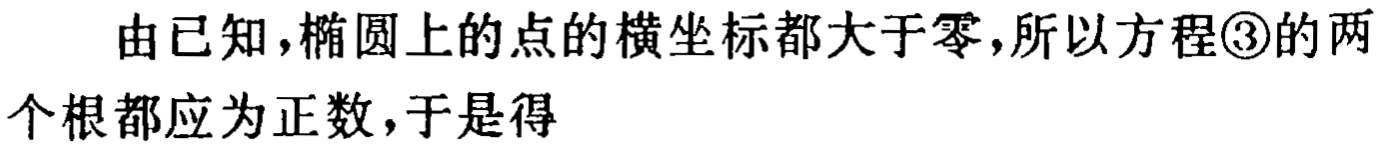
由已知，椭圆上的点的横坐标都大于零，所以方程\textcircled{3}的两个根都应为正数，于是得